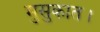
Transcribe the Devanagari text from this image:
मुसुकात।